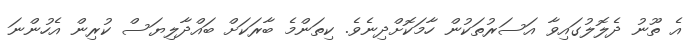
އެ ތޫނު ދެލޮލުގައިވާ އަސަރުތަކުން ހާމަކޮށްދިނެވެ. ކިތަންމެ ބާރަކަށް ބައްދާލިޔަސް ކުރިން އެހުންނަ